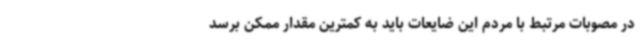
در مصوبات مرتبط با مردم این ضایعات باید به کمترین مقدار ممکن برسد